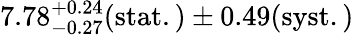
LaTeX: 7.78_{-0.27}^{+0.24}(\mathrm{stat.)\pm 0.49(\mathrm{syst.)}}